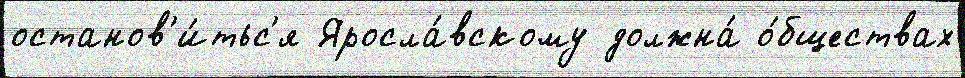
останов'и́тьс'я Яросла́вскому должна́ о́бществах